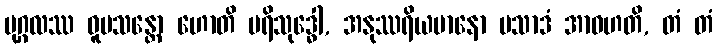
ပုဂ္ဂလဿ ဝူပသန္တော ဟောတိ ပရိသုဒ္ဓေါ, အနုဿရိယမာနော ပသာဒံ အာဝဟတိ, တံ တံ